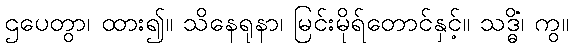
ဌပေတွာ၊ ထား၍။ သိနေရုနာ၊ မြင်းမိုရ်တောင်နှင့်။ သဒ္ဓိံ၊ ကွ။